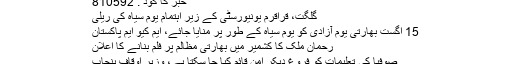
خبر کا کوڈ : 810592
گلگت، قراقرم یونیورسٹی کے زیر اہتمام یوم سیاہ کی ریلی
15 اگست بھارتی یوم آزادی کو یوم سیاہ کے طور پر منایا جائے، ایم کیو ایم پاکستان
رحمان ملک کا کشمیر میں بھارتی مظالم پر فلم بنانے کا اعلان
صوفیا کی تعلیمات کو فروغ دیکر امن قائم کیا جا سکتا ہے، وزیر اوقاف پنجاب